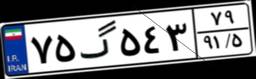
۷۵گ۵۴۳۷۹